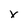
Character: v